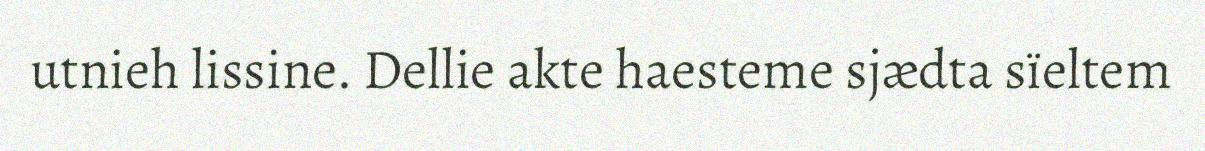
utnieh lissine. Dellie akte haesteme sjædta sïeltem